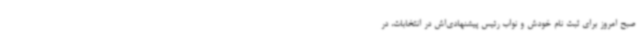
صبح امروز برای ثبت نام خودش و نواب رئیس پیشنهادی‌اش در انتخابات، در